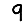
Digit: 9